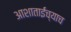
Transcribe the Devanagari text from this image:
आशाताईंच्याच